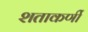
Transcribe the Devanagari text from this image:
शताकर्णी